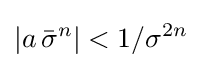
\left\vert a\,{\bar {\sigma }}^{n}\right\vert <1/\sigma ^{2n}